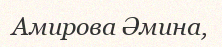
Амирова Әмина,